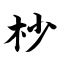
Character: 杪